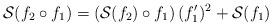
LaTeX: \begin{align*}\mathcal S(f_2 \circ f_1) = \left (\mathcal S(f_2) \circ f_1 \right) (f_1')^2 + \mathcal S(f_1)\end{align*}